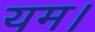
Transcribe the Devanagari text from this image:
यम।